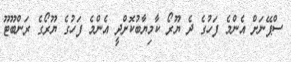
ސްޕޭނަށް އެންމެ ފަހުގެ ދެ ޔޫރޯ ކާމިޔާބުކޮށްދީ އެންމެ ފަހުގެ ޔޫރޯގެ ރަންބޫޓޫ